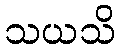
သယသိ